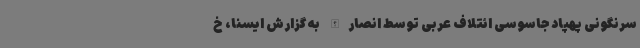
سرنگونی پهپاد جاسوسی ائتلاف عربی توسط انصارالله به گزارش ایسنا، خ